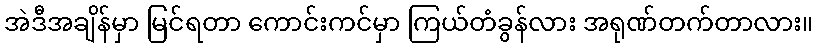
အဲဒီအချိန်မှာ မြင်ရတာ ကောင်းကင်မှာ ကြယ်တံခွန်လား အရုဏ်တက်တာလား။